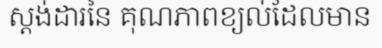
ស្តង់ដារនៃ គុណភាពខ្យល់ដែលមាន